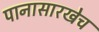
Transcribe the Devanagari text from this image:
पानासारखेच